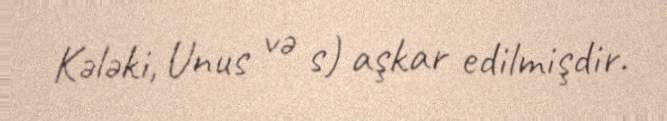
Kələki, Unus və s) aşkar edilmişdir.